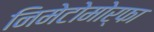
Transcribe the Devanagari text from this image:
निमेटोमोर्फा